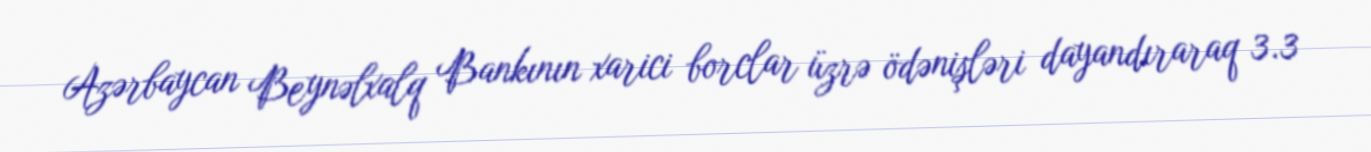
Azərbaycan Beynəlxalq Bankının xarici borclar üzrə ödənişləri dayandıraraq 3.3